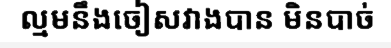
ល្មមនឹងចៀសវាងបាន មិនបាច់